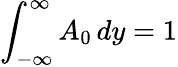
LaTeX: \int_{-\infty}^{\infty}A_{0}\, dy=1